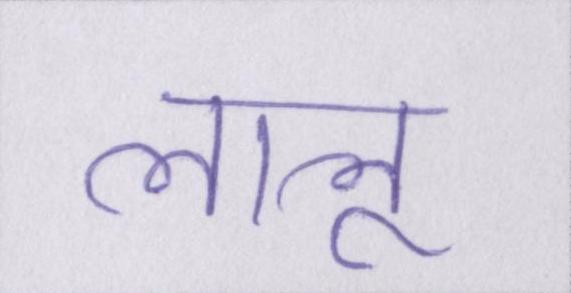
लालू